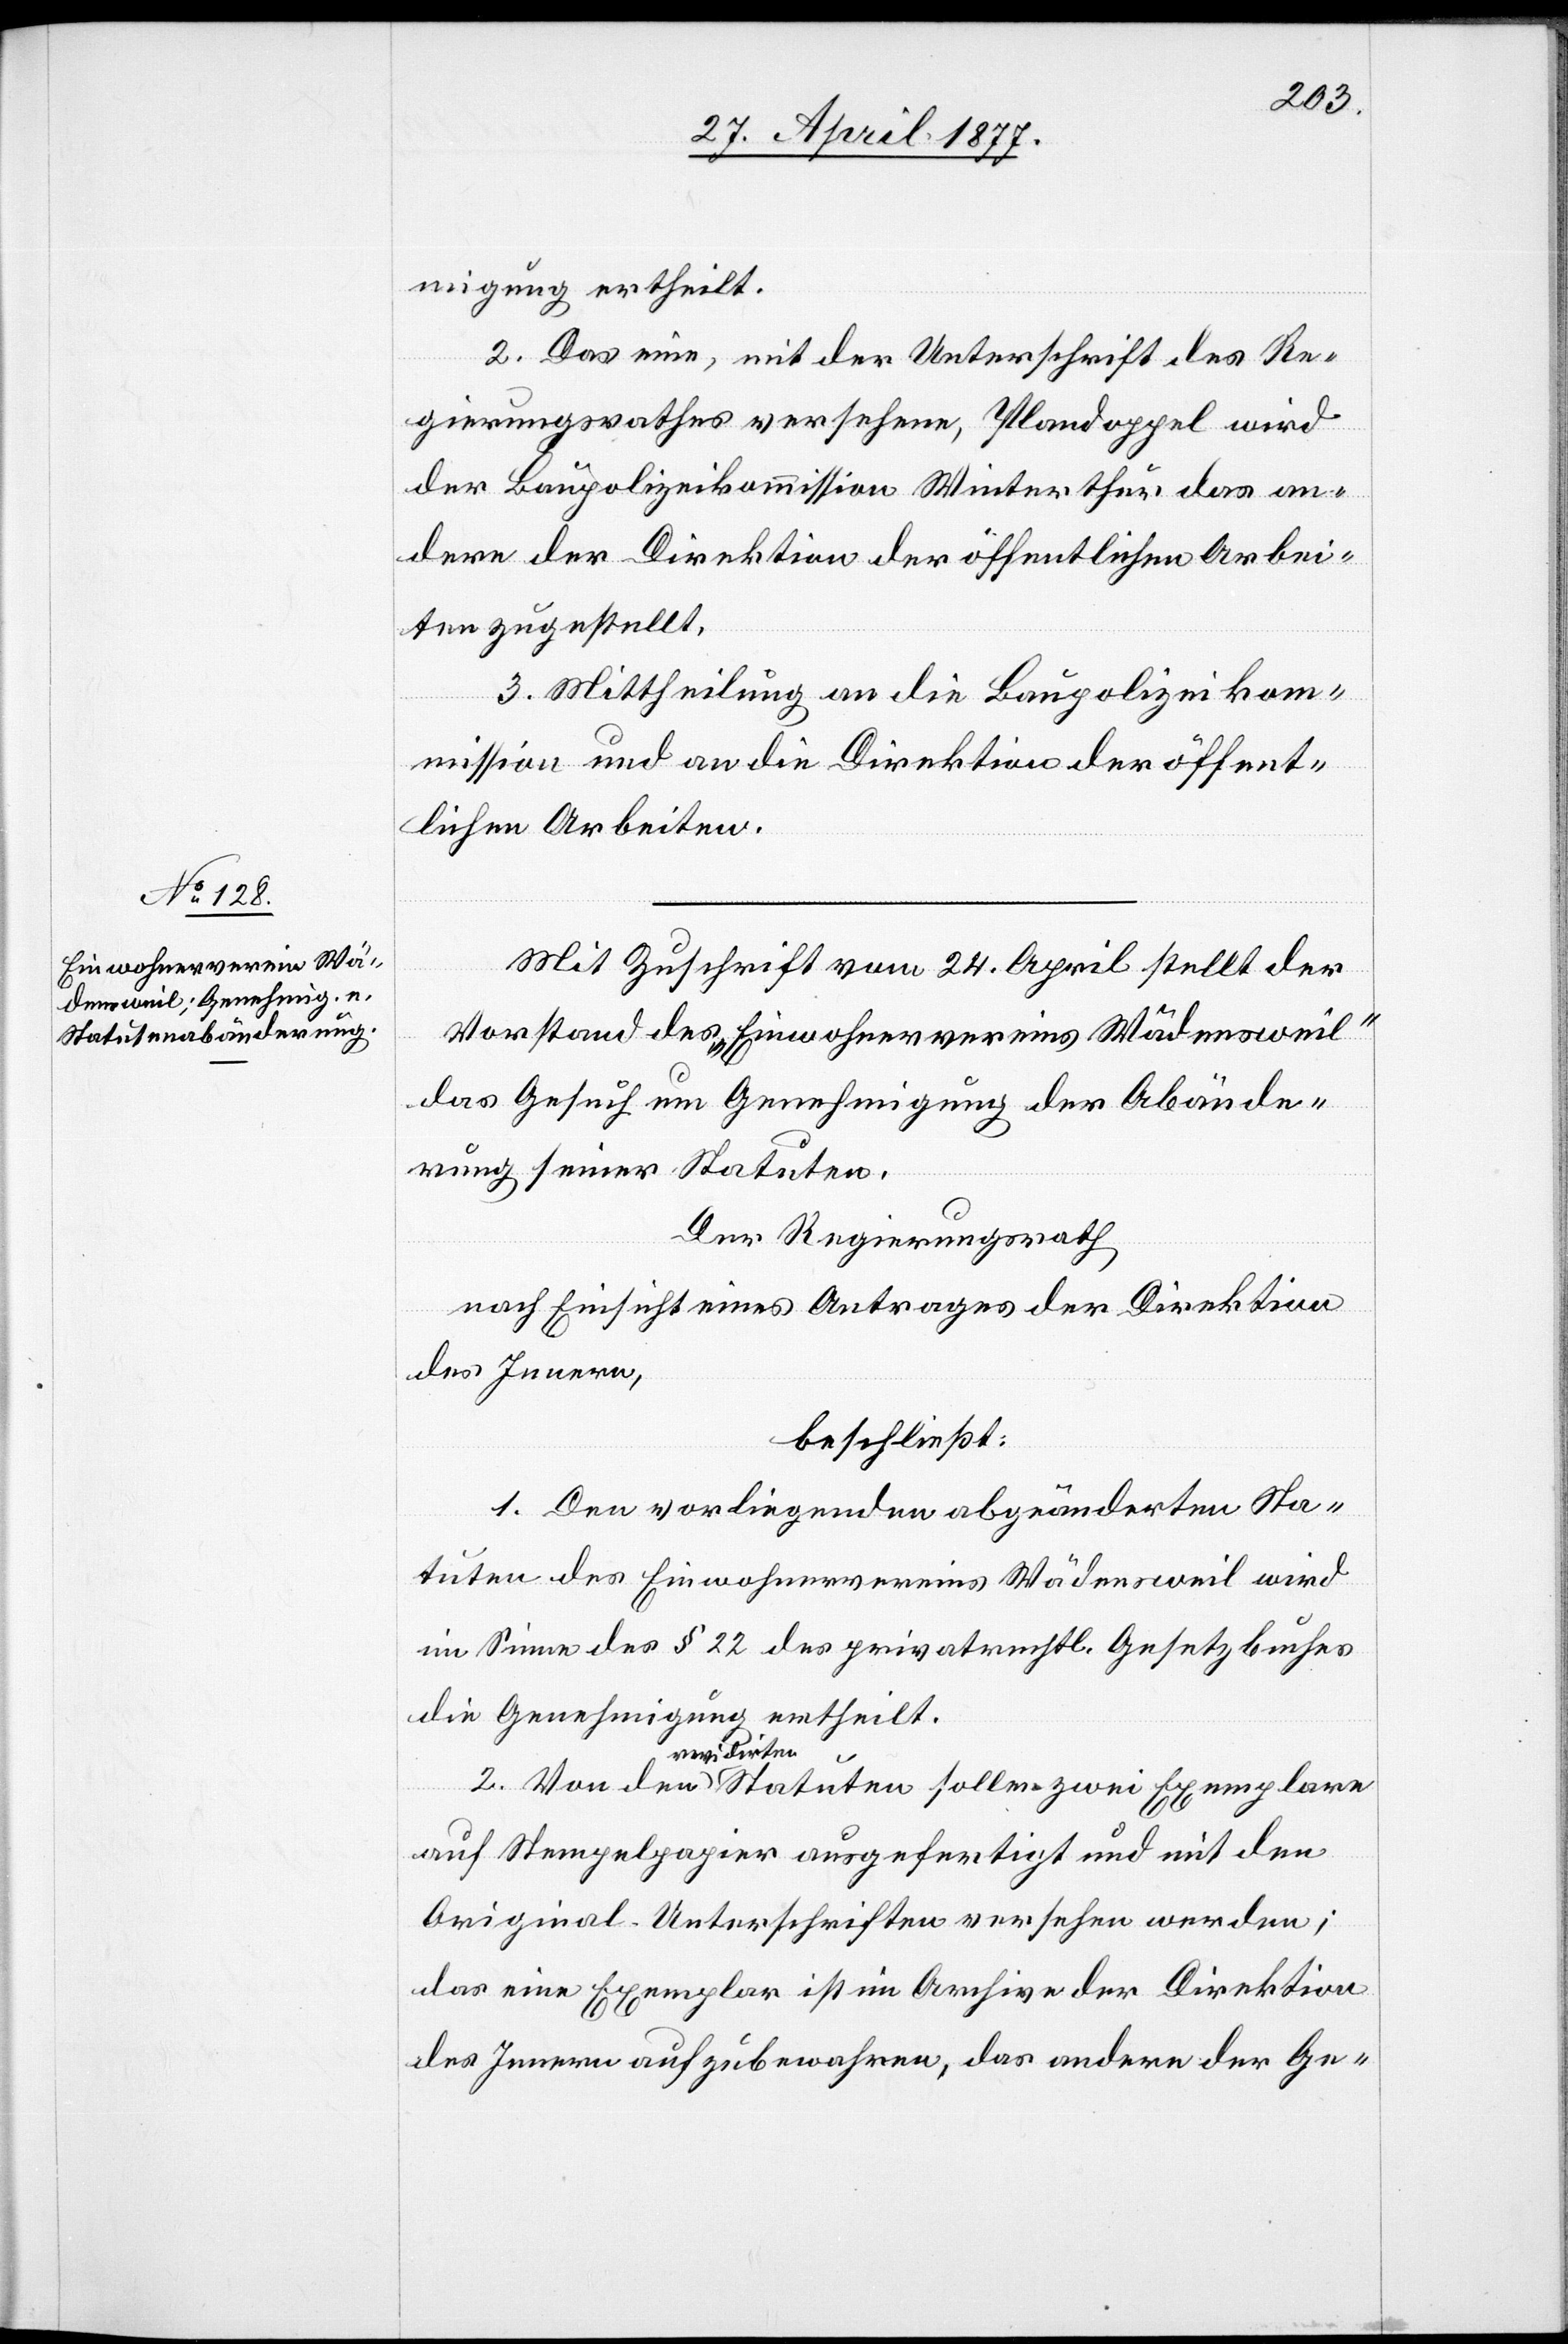
migung ertheilt.
2. Das eine, mit der Unterschrift des Re¬
gierungsrathes versehene, Plandoppel wird
der Baupolizeikommission Winterthur, das an¬
dere der Direktion der öffentlichen Arbei¬
ten zugestellt.
3. Mittheilung an die Baupolizeikom¬
den
mission und an die Direktion der öffent¬
lichen Arbeiten.
Mit Zuschrift vom 24. April stellt der
Vorstand des “Einwohnervereins Wädensweil“
das Gesuch um Genehmigung der Abände¬
rung seiner Statuten.
Der Regierungsrath,
nach Einsicht eines Antrages der Direktion
des Innern,
beschließt:
1. Den vorliegenden abgeänderten Sta¬
tuten des Einwohnervereins Wädensweil wird
im Sinne des § 22 des privatrechtl. Gesetzbuches
die Genehmigung ertheilt.
revidirten
2.
Statuten
auf Stempelpapier ausgefertigt und mit den
Original-Unterschriften versehen werden;
das eine Exemplar ist im Archive der Direktion
des Innern aufzubewahren, das andere der Ge-